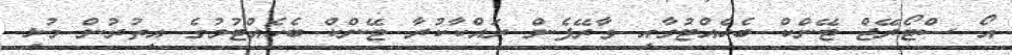
އޯ ސްޓޯރޭޖް ޓޭންކް ބެހެއްޓުމާއި ވާރޭފެން ރައްކާކުރާ ޓޭންކް ބެހެއްޓުމުގެ އިތުރުން މުޅި